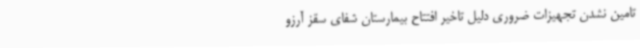
تامین نشدن تجهیزات ضروری دلیل تاخیر افتتاح بیمارستان شفای سقز آرزو